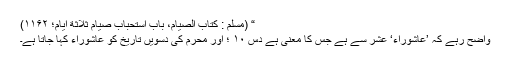
“ (مسلم : کتاب الصیام، باب استحباب صیام ثلاثة ایام؛ ۱۱۶۲)
واضح رہے کہ ’عاشوراء‘ عشر سے ہے جس کا معنی ہے دس ۱۰ ؛ اور محرم کی دسویں تاریخ کو عاشوراء کہا جاتا ہے۔